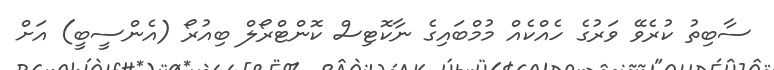
ސާބިތު ކުރެވޭ ވަރުގެ ހެއްކެއް މުމްބައިގެ ނާކޮޓިސް ކޮންޓްރޯލް ބިއުރޯ (އެންސީބީ) އަށް